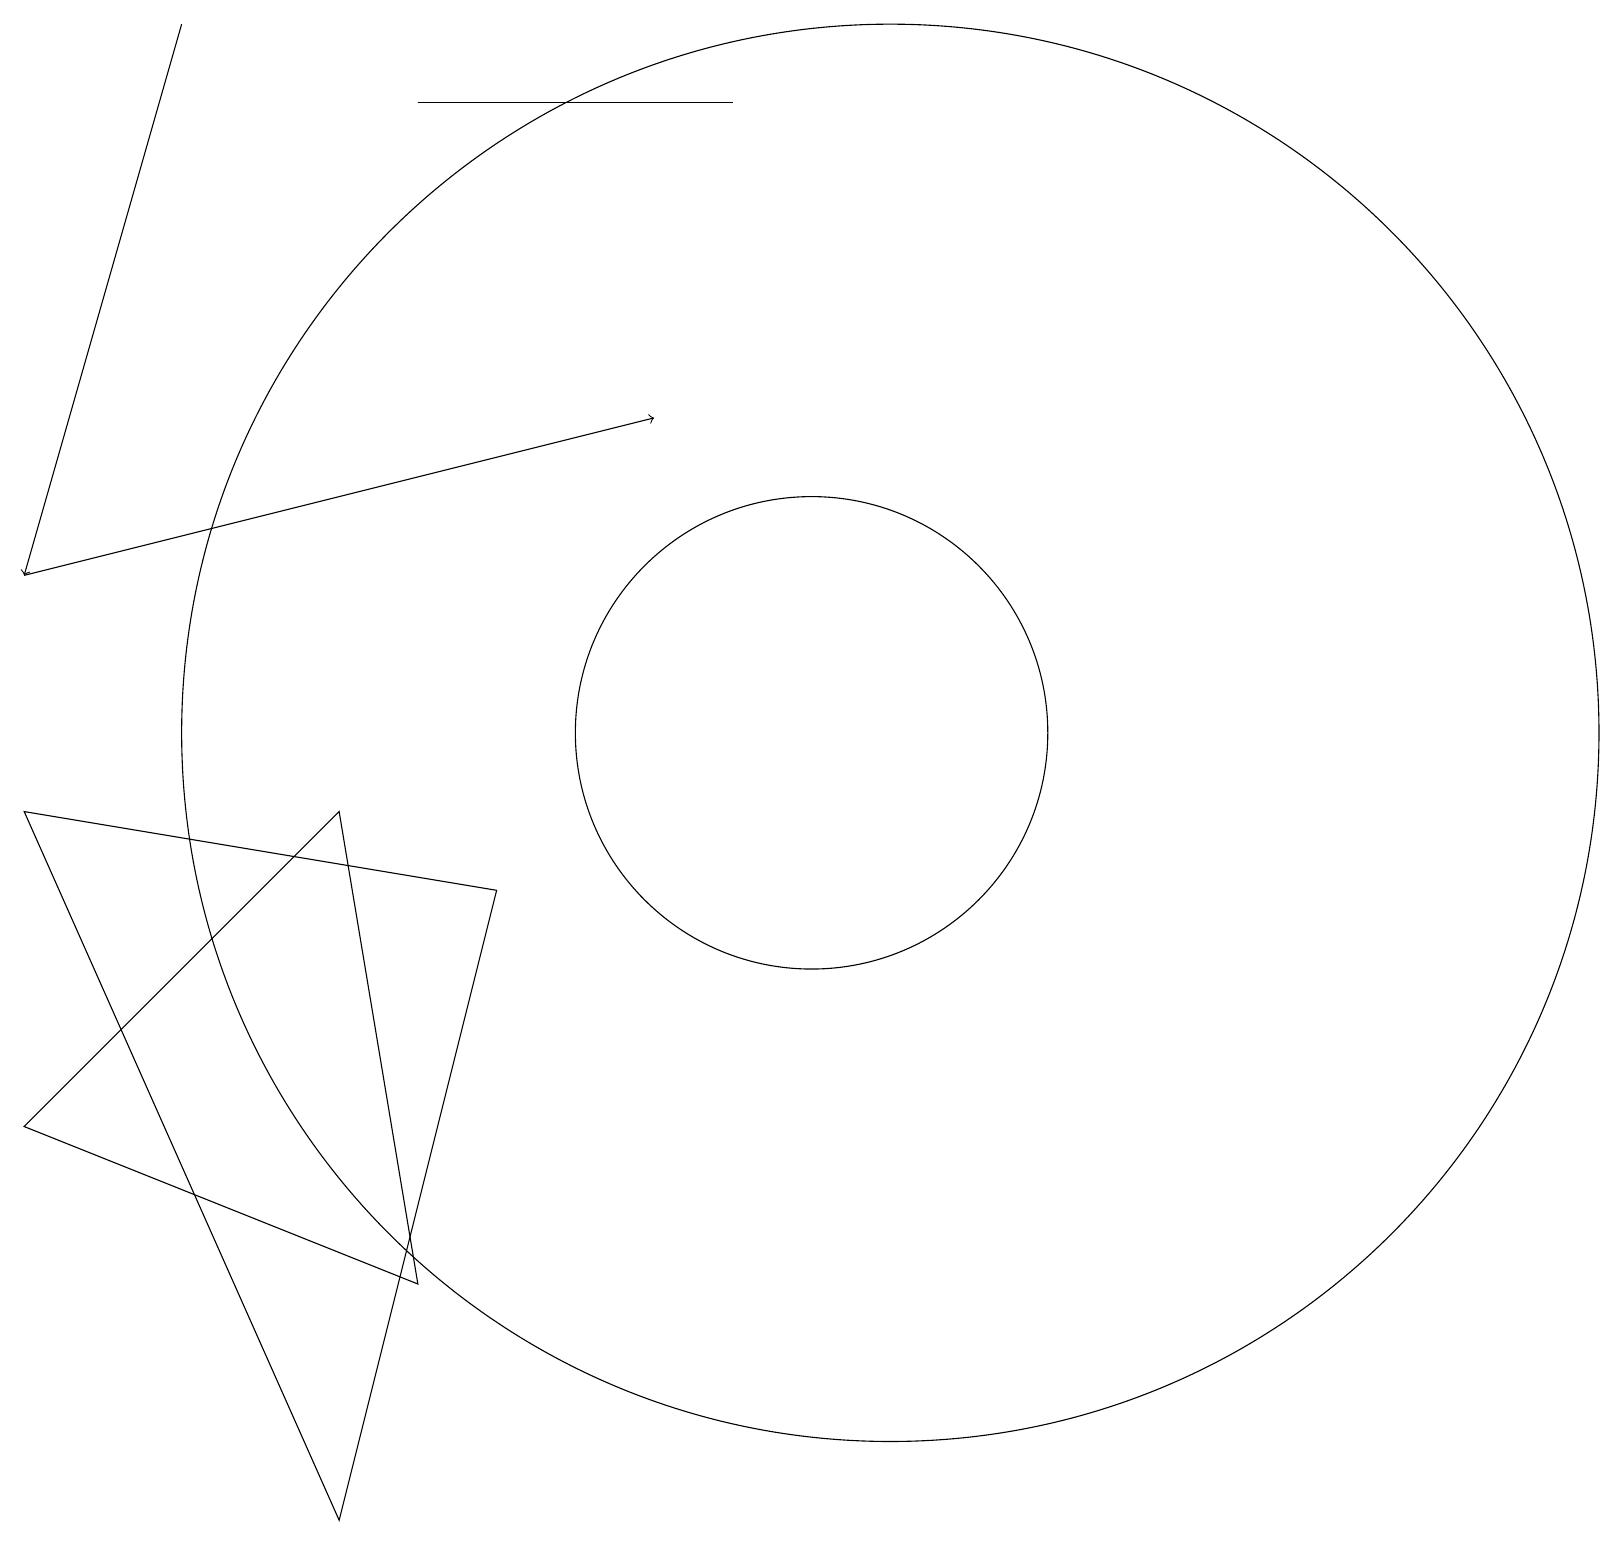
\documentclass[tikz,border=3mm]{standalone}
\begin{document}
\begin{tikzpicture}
\draw (5,3) -- (4,9) -- (0,5) -- cycle;
\draw[->] (2,19) -- (0,12);
\draw (4,0) -- (6,8) -- (0,9) -- cycle;
\draw (10,10) circle (3);
\draw (11,10) circle (9);
\draw[->] (0,12) -- (8,14);
\draw (5,18) rectangle (9,18);
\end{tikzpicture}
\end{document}